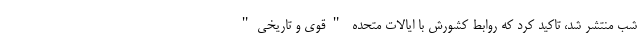
شب منتشر شد، تاکید کرد که روابط کشورش با ایالات متحده "قوی و تاریخی"